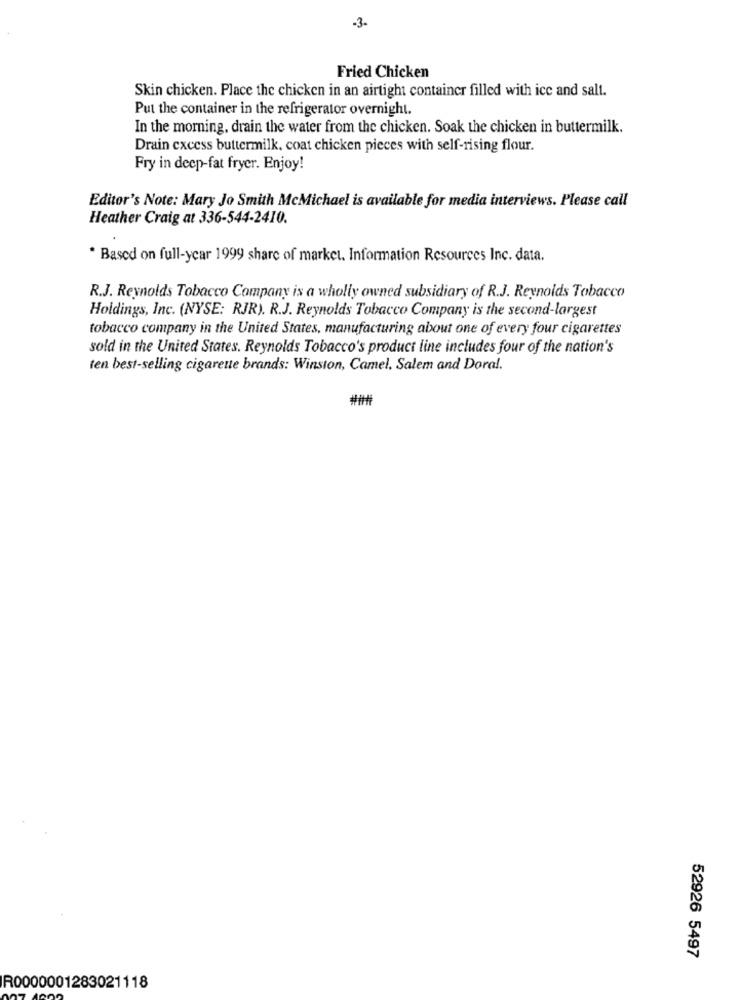
-3.
Fried Chicken
Skin chicken. Place the chicken in an airtight container filled with ice and salt.
Put the container in the refrigerator overnight.
In the morning, drain the water from the chicken. Soak the chicken in buttermilk.
Drain excess buttermilk, coat chicken pieces with self-rising flour.
Fry in deep-fat fryer. Enjoy!
Editor's Note: Mary Jo Smith McMichael is available for media interviews. Please call
Heather Craig at 336-544-2410.
* Based on full-ycar 1999 share of market. Information Resources Inc. data.
R.J. Reynolds Tobacco Company is a wholly owned subsidiary of R.J. Reynolds Tobacco
Holdings, Inc. (NYSE: RJR). R.J. Reynolds Tobacco Company is the second-largest
tobacco company in the United States, manufacturing about one of every four cigarettes
sold in the United States. Reynolds Tobacco's product line includes four of the nation's
ten best-selling cigarette brands: Winston, Camel. Salem and Doral.
52926 5497
R0000001283021118